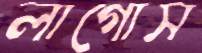
লাগোস